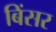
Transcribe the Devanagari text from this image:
बिंसर